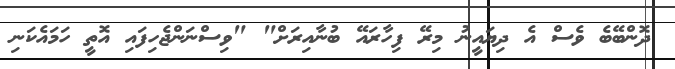
ދޮންބޭބެ ވެސް އެ ދިޔައީނު މިރޭ ފިހާރައޭ ބުނާއިރަށް" "ވިސްނަންޖެހިފައި އޮތީ ހަމައެކަނި